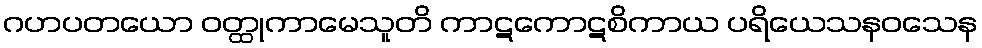
ဂဟပတယော ဝတ္ထုကာမေသူတိ ကာဋကောဋစိကာယ ပရိယေသနဝသေန